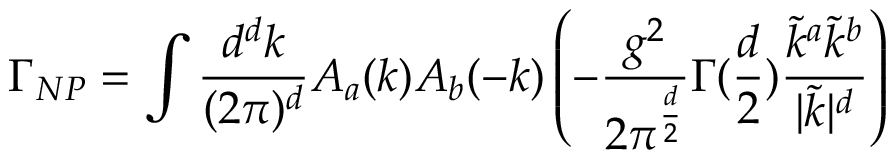
\Gamma _ { N P } = \int { \frac { d ^ { d } k } { ( 2 \pi ) ^ { d } } } A _ { a } ( k ) A _ { b } ( - k ) \left( - { \frac { g ^ { 2 } } { 2 \pi ^ { \frac { d } { 2 } } } } \Gamma ( { \frac { d } { 2 } } ) { \frac { \tilde { k } ^ { a } \tilde { k } ^ { b } } { | \tilde { k } | ^ { d } } } \right)